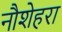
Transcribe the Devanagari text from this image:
नौशेहरा